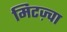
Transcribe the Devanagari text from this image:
मिटज़्वा